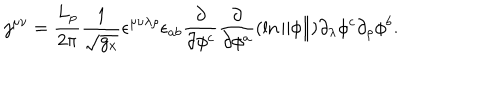
j ^ { \mu \nu } = \frac { L _ { p } } { 2 \pi } \frac 1 { \sqrt { g _ { x } } } \epsilon ^ { \mu \nu \lambda \rho } \epsilon _ { a b } \frac \partial { \partial \phi ^ { c } } \frac \partial { \partial \phi ^ { a } } ( \ln \Vert \phi \Vert ) \partial _ { \lambda } \phi ^ { c } \partial _ { \rho } \phi ^ { b } .